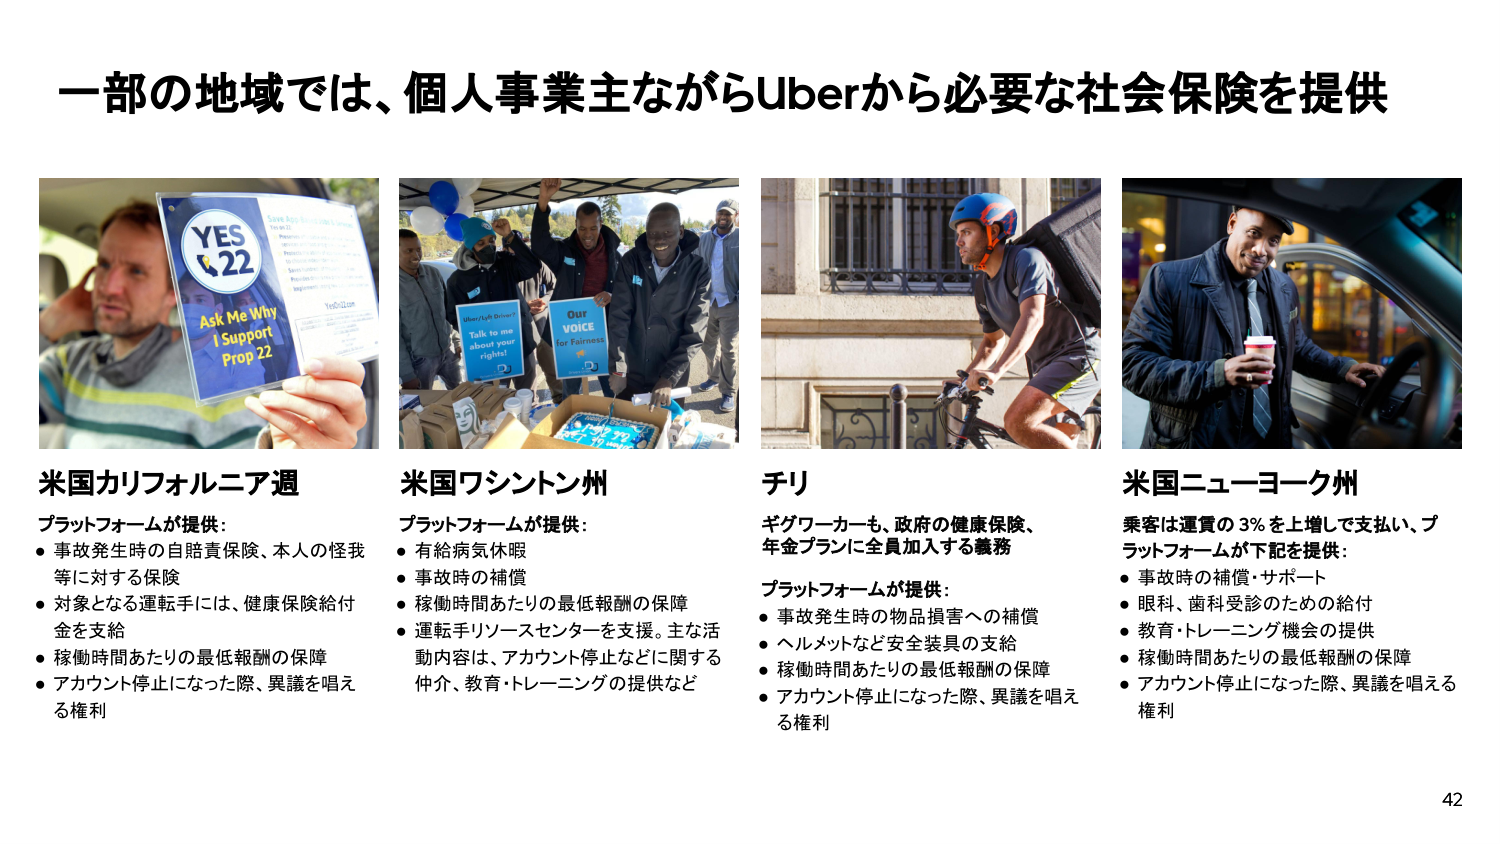
一部の地域では、個人事業主ながらUberから必要な社会保険を提供

米国カリフォルニア週
プラットフォームが提供：
・事故発生時の自賠責保険、本人の怪我等に対する保険
・対象となる運転手には、健康保険給付金を支給
・稼働時間あたりの最低報酬の保障
・アカウント停止になった際、異議を唱える権利

米国ワシントン州
プラットフォームが提供：
・有給病気休暇
・事故時の補償
・稼働時間あたりの最低報酬の保障
・運転手リソースセンターを支援。主な活動内容は、アカウント停止などに関する仲介、教育・トレーニングの提供など

チリ
ギグワーカーも、政府の健康保険、年金プランに全員加入する義務
プラットフォームが提供：
・事故発生時の物品損害への補償
・ヘルメットなど安全装具の支給
・稼働時間あたりの最低報酬の保障
・アカウント停止になった際、異議を唱える権利

米国ニューヨーク州
乗客は運賃の3％を増して支払い、プラットフォームが下記を提供：
・事故時の補償・サポート
・眼科、歯科受診のための給付
・教育・トレーニング機会の提供
・稼働時間あたりの最低報酬の保障
・アカウント停止になった際、異議を唱える権利

YES
22
Ask Me Why
I Support
Prop 22

Uber/Lyft Drivers!
Talk to me
about your
rights!

Our
VOICE
for Fairness

42